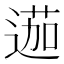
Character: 𨔽